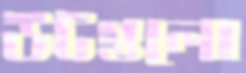
উটগুলো